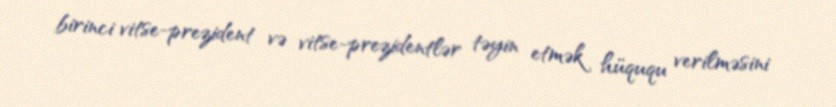
birinci vitse-prezident və vitse-prezidentlər təyin etmək hüququ verilməsini